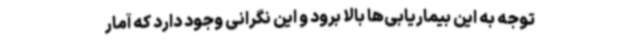
توجه به این بیماریابی‌ها بالا برود و این نگرانی وجود دارد که آمار